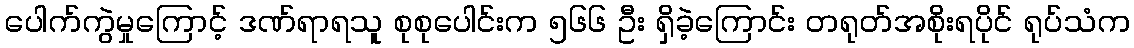
ပေါက်ကွဲမှုကြောင့် ဒဏ်ရာရသူ စုစုပေါင်းက ၅၆၆ ဦး ရှိခဲ့ကြောင်း တရုတ်အစိုးရပိုင် ရုပ်သံက